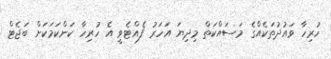
ހުރިހާ ވައުދުތަކެއްގެ މަސައްކަތް މިދިޔަ އަަހަރު ފެއްޓެވީ އެ ހުރިހާ ކަންކަމަކަށް ބަޖެޓް